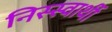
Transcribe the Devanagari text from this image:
निस्स्वार्थी